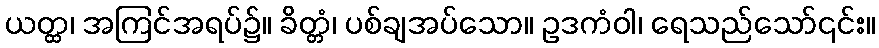
ယတ္ထ၊ အကြင်အရပ်၌။ ခိတ္တံ၊ ပစ်ချအပ်သော။ ဥဒကံဝါ၊ ရေသည်သော်၎င်း။